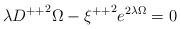
LaTeX: \begin{align*}\lambda{ D^{++}}^{2}\Omega -{\xi ^{++}}^{2}e^{2\lambda \Omega}=0\end{align*}